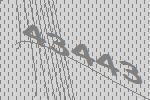
43443